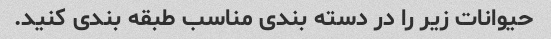
حیوانات زیر را در دسته بندی مناسب طبقه بندی کنید.